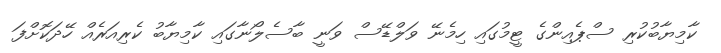
ކާމިޔާބުކުރި ސްޕެއިންގެ ޓީމުގައި ހިމެނޭ ވަލްޑޭސް ވަނީ ބާސެލޯނާގައި ކާމިޔާބު ކެރިއަރެއް ހޭދަކޮށްފަ